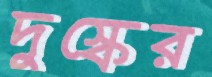
দুস্কের